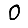
Digit: 0